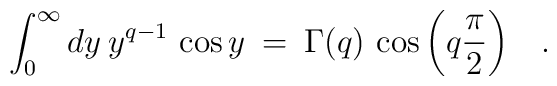
\int_0^{\infty} dy \> y^{q-1} \, \cos  y \> = \>\Gamma(q) \, \cos \left (q \frac{\pi}{2} \right ) \;\;\;.